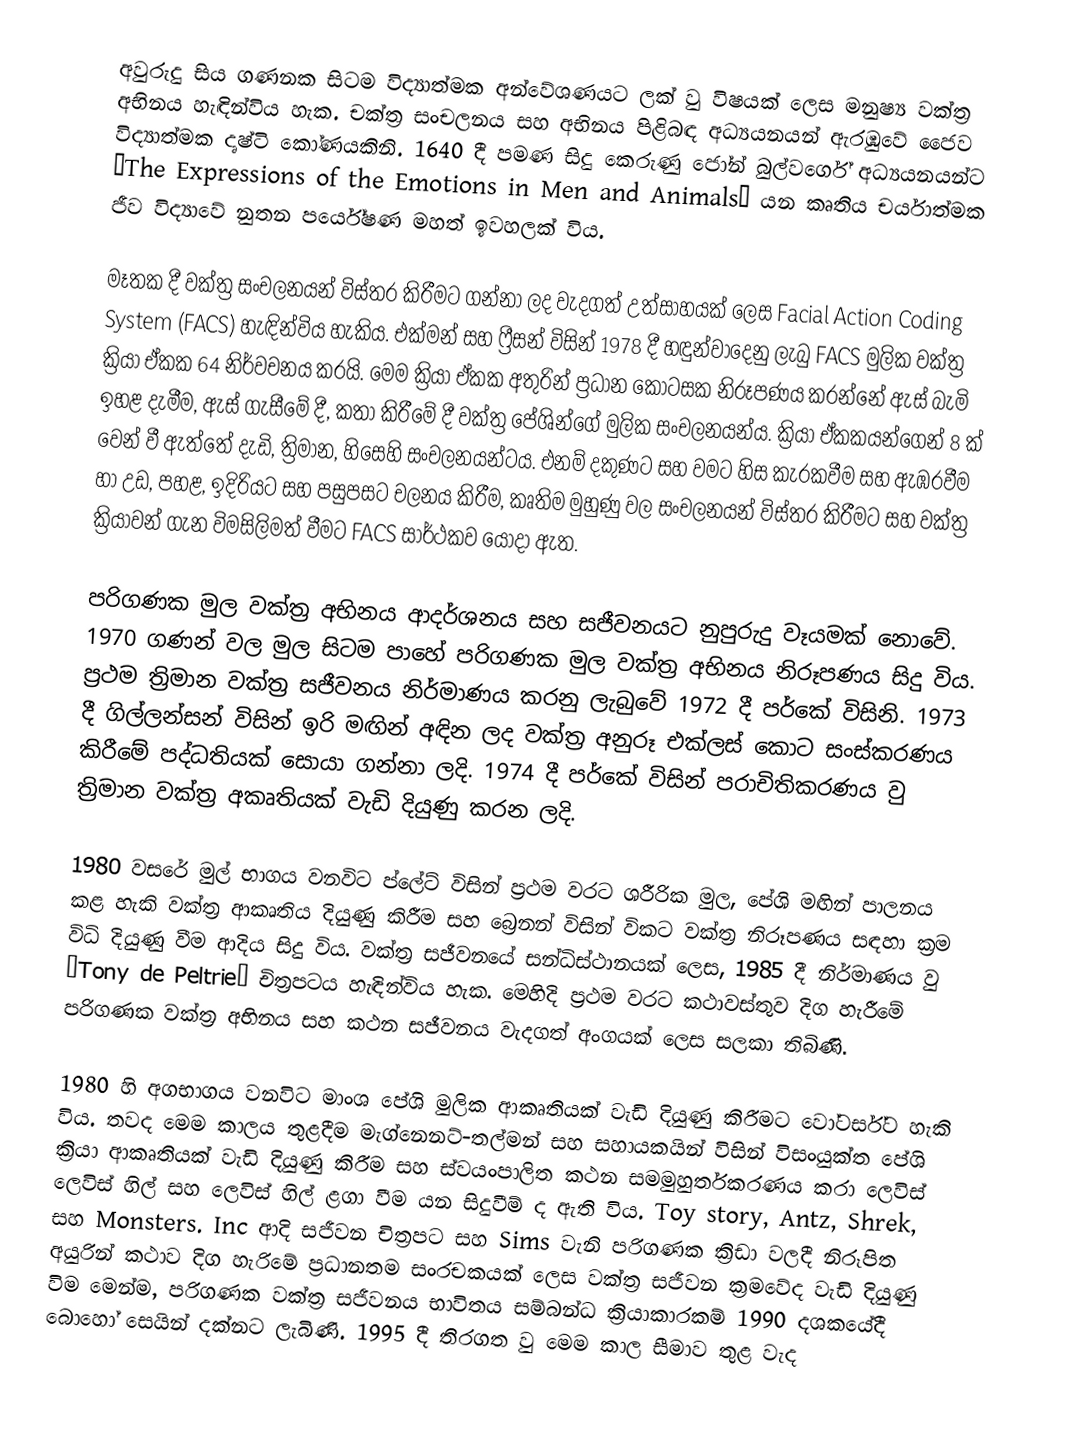
අවුරුදු සිය ගණනක සිටම විද්‍යාත්මක අන්වේශණයට ලක් වු විෂයක් ලෙස මනුෂ්‍ය වක්ත්‍ර අභිනය හැඳින්විය හැක. චක්ත්‍ර සංචලනය සහ අභිනය පිළිබඳ අධ්‍යයනයන් ඇරඹු‍වේ ජෛව විද්‍යාත්මක දෘෂ්ටි කෝණයකිනි. 1640 දී පමණ සිදු කෙරුණු ජෝන් බුල්වර්ගේ අධ්‍යයනයන්ට ‘The Expressions of the Emotions in Men and Animals’  යන කෘතිය චර්යාත්මක ජීව විද්‍යාවේ නුතන පර්යේෂණ මහත් ඉවහලක් විය.

මෑතක දී වක්ත්‍ර සංචලනයන් විස්තර කිරීමට ගන්නා ලද වැදගත් උත්සාහයක් ලෙස  Facial Action Coding System (FACS) හැඳින්විය හැකිය. එක්මන් සහ ෆ්‍රීසන් විසින් 1978 දී හඳුන්වාදෙනු ලැබු FACS මුලික වක්ත්‍ර ක්‍රියා ඒකක 64 නිර්වචනය කරයි. මෙම ක්‍රියා ඒකක අතුරින් ප්‍රධාන කොටසක නිරූපණය කරන්නේ ඇස් බැමි ඉහළ දැමීම, ඇස් ගැසීමේ දී, කතා කිරීමේ දී වක්ත්‍ර පේශින්ගේ මුලික සංචලනයන්ය. ක්‍රියා ඒකකයන්ගෙන් 8 ක් වෙන් වී ඇත්තේ දැඩි, ත්‍රිමාන, හිසෙහි සංචලනයන්ටය. එනම් දකුණට සහ වමට හිස කැරකවීම සහ ඇඹරවීම හා උඩ, පහළ, ඉදිරියට සහ පසුපසට චලනය කිරීම, කෘතිම මුහුණු වල සංචලනයන් විස්තර කිරීමට සහ වක්ත්‍ර ක්‍රියාවන් ගැන විමසිලිමත් වීමට FACS සාර්ථකව යොදා ඇත.

පරිගණක මුල වක්ත්‍ර අභිනය ආදර්ශනය සහ සජීවනයට නුපුරුදු වෑයමක් නොවේ. 1970 ගණන් වල මුල සිටම පාහේ පරිගණක මුල වක්ත්‍ර අභිනය නිරූපණය සිදු විය. ප්‍රථම ත්‍රිමාන වක්ත්‍ර සජීවනය නිර්මාණය කරනු ලැබුවේ 1972 දී  පර්කේ විසිනි. 1973 දී  ගිල්ලන්සන් විසින් ඉරි මඟින් අඳින ලද වක්ත්‍ර අනුරූ එක්ලස් කොට සංස්කරණය කිරීමේ පද්ධතියක් සොයා ගන්නා ලදි. 1974 දී පර්කේ විසින් පරාචිතිකරණය වු ත්‍රිමාන වක්ත්‍ර අකෘතියක් වැඩි දියුණු කරන ලදි.

1980 වසරේ මුල් භාගය වනවිට ප්ලේට් විසින් ප්‍රථම වරට ශරීරික මුල, පේශි මඟින් පාලනය කළ හැකි වක්ත්‍ර ආකෘතිය දියුණු කිරීම සහ බ්‍රෙනන් විසින් විකට වක්ත්‍ර නිරූපණය සඳහා ක්‍රම විධි දියුණු වීම ආදිය සිදු විය. වක්ත්‍ර සජීවනයේ සන්ධිස්ථානයක් ලෙස, 1985 දී නිර්මාණය වු ‘Tony de Peltrie’ චිත්‍රපටය හැඳින්විය හැක. මෙහිදි ප්‍රථම වරට කථාවස්තුව දිග හැරීමේ පරිගණක වක්ත්‍ර අභිනය සහ කථන සජීවනය වැදගත් අංගයක් ලෙස සලකා තිබිණි.

1980 හි අගභාගය වනවිට මාංශ පේශි මුලික ආකෘතියක් වැඩි දියුණු කිරීමට වෝටර්ස්ට හැකි විය. තවද මෙම කාලය තුළදීම මැග්නෙනට්-තල්මන් සහ සහායකයින් විසින් විසංයුක්ත පේශි ක්‍රියා ආකෘතියක් වැඩි දියුණු කිරීම සහ ස්වයංපාලිත කථන සමමුහුර්තකරණය කරා  ලෙවිස් ලෙවිස් හිල් සහ ලෙවිස් හිල් ළගා වීම යන සිදුවීම් ද ඇති විය. Toy story, Antz, Shrek, සහ Monsters. Inc  ආදි සජීවන චිත්‍රපට සහ Sims  වැනි පරිගණක ක්‍රිඩා වලදී නිරූපිත අයුරින් කථාව දිග හැරිමේ ප්‍රධානතම සංරචකයක් ලෙස වක්ත්‍ර සජීවන ක්‍රමවේද වැඩි දියුණු විම මෙන්ම, පරිගණක වක්ත්‍ර සජීවනය භාවිතය සම්බන්ධ ක්‍රියාකාරකම් 1990 දශකයේදී බොහෝ සෙයින් දක්නට ලැබිණි. 1995 දී තිරගත වු  මෙම කාල සීමාව තුළ වැද